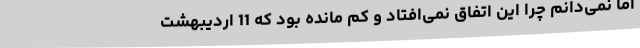
اما نمی‌دانم چرا این اتفاق نمی‌افتاد و کم مانده بود که 11 اردیبهشت